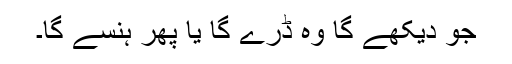
جو دیکھے گا وہ ڈرے گا یا پھر ہنسے گا۔